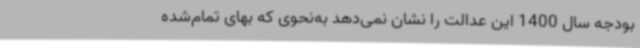
بودجه سال 1400 این عدالت را نشان نمی‌دهد به‌نحوی که بهای تمام‌شده